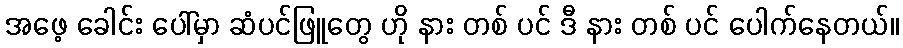
အဖေ့ ခေါင်း ပေါ်မှာ ဆံပင်ဖြူတွေ ဟို နား တစ် ပင် ဒီ နား တစ် ပင် ပေါက်နေတယ်။